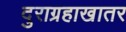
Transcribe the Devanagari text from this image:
दुराग्रहाखातर